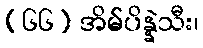
(၆၆) အိမ်ပိန္နဲသီး၊